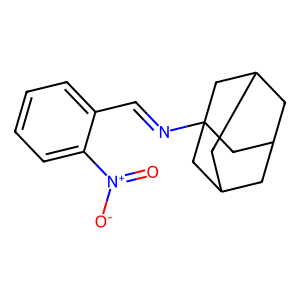
SMILES: O=[N+]([O-])c1ccccc1C=NC12CC3CC(CC(C3)C1)C2
Inhibits HIV replication: No